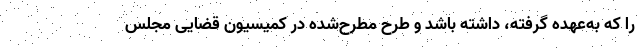
را که به‌عهده گرفته، داشته باشد و طرح مطرح‌شده در کمیسیون قضایی مجلس